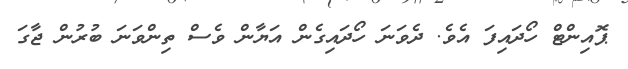
ޕޮއިންޓް ހޯދައިފަ އެވެ. ދެވަނަ ހޯދައިގެން އަޔާން ވެސް ތިންވަނަ ބުރުން ޖާގަ